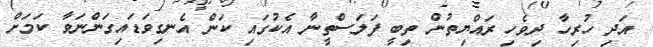
އަދި ހުރިހާ ދިވެހި ރައްޔިތުން ތިބީ ފަލަސްތީނާ އެކުގައި ކަން އެނގިވަޑައިގަންނަވާ ކަމަށް